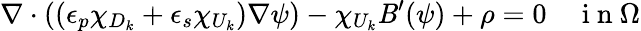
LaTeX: \nabla\cdot((\epsilon_{p}\chi_{D_{k}}+\epsilon_{s}\chi_{U_{k}})\nabla\psi)-\chi_{U_{k}}\mathit{B}^{\prime}(\psi)+\rho=0\quad\mathrm{{~i~n~}}\Omega